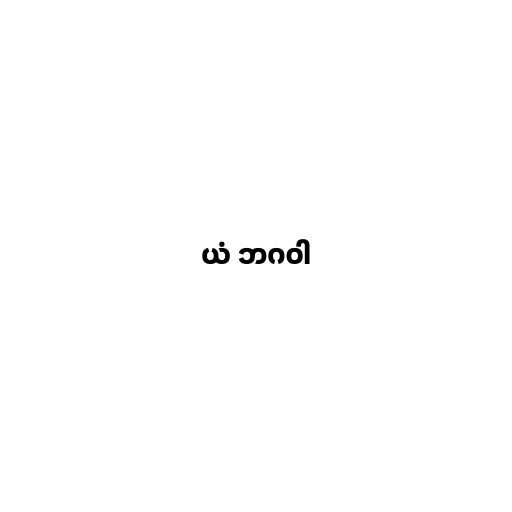
ယံ ဘဂဝါ